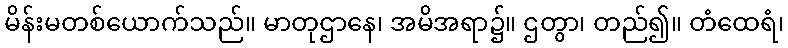
မိန်းမတစ်ယောက်သည်။ မာတုဌာနေ၊ အမိအရာ၌။ ဌတွာ၊ တည်၍။ တံထေရံ၊